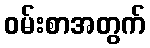
ဝမ်းစာအတွက်